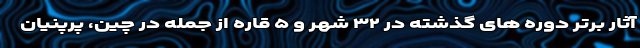
آثار برتر دوره های گذشته در ۳۲ شهر و ۵ قاره از جمله در چین، پرپنیان